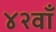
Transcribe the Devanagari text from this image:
४२वाँ